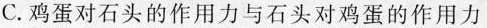
C.鸡蛋对石头的作用力与石头对鸡蛋的作用力